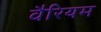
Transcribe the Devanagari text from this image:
वैरियम